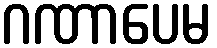
ဂဏာပေမ